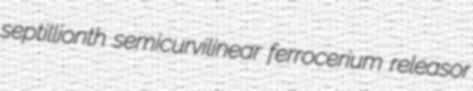
septillionth semicurvilinear ferrocerium releasor